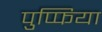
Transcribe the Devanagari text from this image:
पुप्फिया